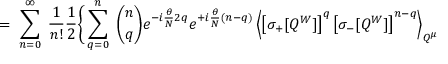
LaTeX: = \; \sum _ { n = 0 } ^ { \infty } \; \frac { 1 } { n ! } \frac { 1 } { 2 } \Bigg \{ \sum _ { q = 0 } ^ { n } \; { \binom { n } { q } } e ^ { - i \frac { \theta } { N } 2 q } e ^ { + i \frac { \theta } { N } ( n - q ) } \left\langle \left[ \sigma _ { + } [ Q ^ { W } ] \right] ^ { q } \left[ \sigma _ { - } [ Q ^ { W } ] \right] ^ { n - q } \right\rangle _ { Q ^ { \mu } }